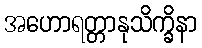
အဟောရတ္တာနုသိက္ခိနာ